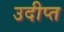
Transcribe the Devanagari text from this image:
उदीप्त